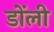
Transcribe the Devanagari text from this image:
डोंली